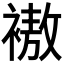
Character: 𲀿